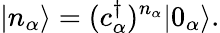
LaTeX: |n_{\alpha}\rangle=(c_{\alpha}^{\dagger})^{n_{\alpha}}|0_{\alpha}\rangle.